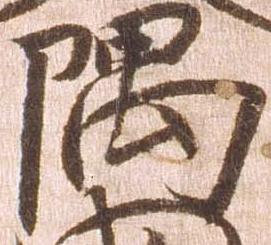
隅